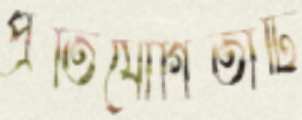
প্রতিযোগিতাটি